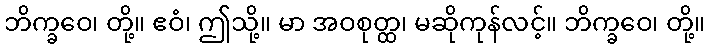
ဘိက္ခဝေ၊ တို့။ ဧဝံ၊ ဤသို့။ မာ အဝစုတ္ထ၊ မဆိုကုန်လင့်။ ဘိက္ခဝေ၊ တို့။